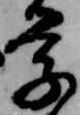
学